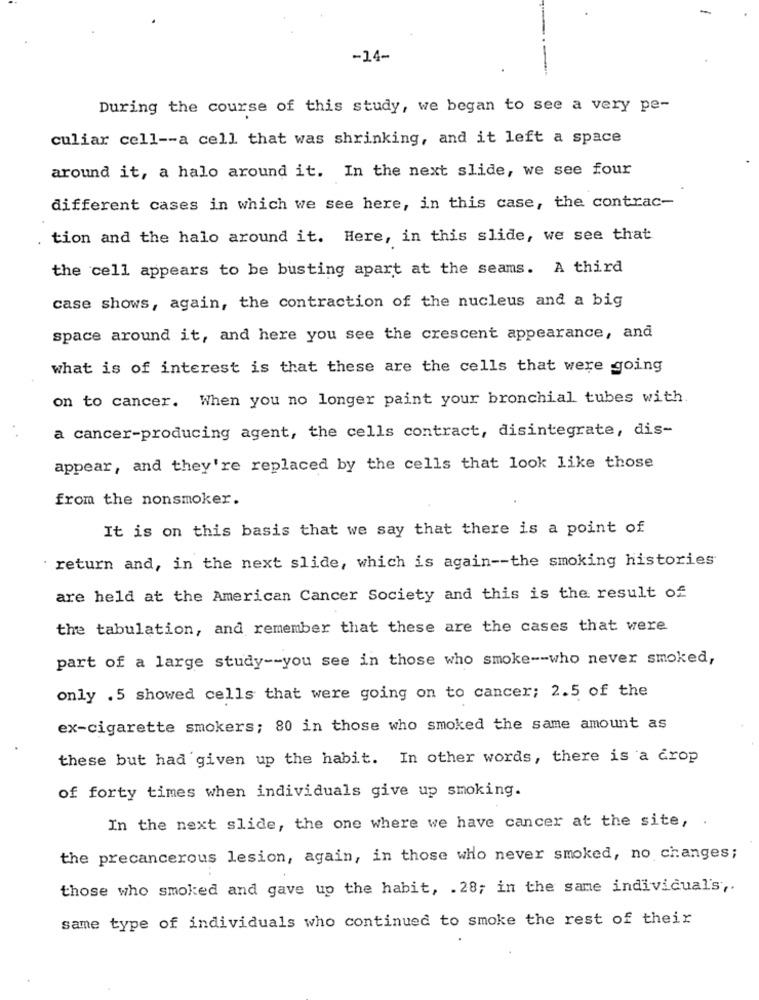
-14-
During the course of this study, we began to see a very pe-
culiar cell -- a cell that was shrinking, and it left a space
around it, a halo around it. In the next slide, we see four
different cases in which we see here, in this case, the contrac-
tion and the halo around it. Here, in this slide, we see that
the cell appears to be busting apart at the seams. A third
case shows, again, the contraction of the nucleus and a big
space around it, and here you see the crescent appearance, and
what is of interest is that these are the cells that were going
on to cancer. When you no longer paint your bronchial tubes with
a cancer-producing agent, the cells contract, disintegrate, dis-
appear, and they're replaced by the cells that look like those
from the nonsmoker.
It is on this basis that we say that there is a point of
return and, in the next slide, which is again -- the smoking histories
are held at the American Cancer Society and this is the result of
the tabulation, and remember that these are the cases that were
part of a large study -- you see in those who smoke -- who never smoked,
only .5 showed cells that were going on to cancer; 2.5 of the
ex-cigarette smokers; 80 in those who smoked the same amount as
these but had given up the habit. In other words, there is a crop
of forty times when individuals give up smoking.
In the next slide, the one where we have cancer at the site,
the precancerous lesion, again, in those who never smoked, no changes;
those who smoked and gave up the habit, . 28; in the same individual's ,.
same type of individuals who continued to smoke the rest of their